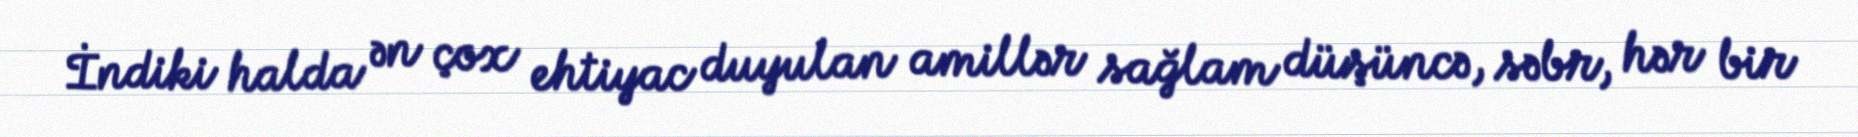
İndiki halda ən çox ehtiyac duyulan amillər sağlam düşüncə, səbr, hər bir